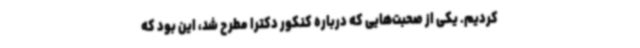
کردیم. یکی از صحبت‌هایی که درباره کنکور دکترا مطرح شد، این بود که